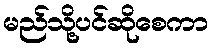
မည်သို့ပင်ဆိုစေကာ